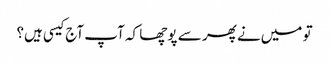
تو میں‌نے پھر سے پوچھا کہ آپ آج کیسی ہیں؟